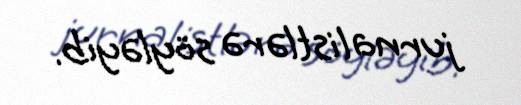
jurnalistlərə söyləyib.